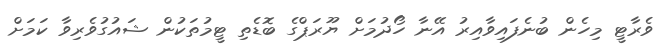
ވެރާޓީ މިހެން ބުނެފައިވާއިރު އޭނާ ހޯދުމަށް ޔޫރަޕްގެ ބޮޑެތި ޓީމުތަކުން ޝައުގުވެރިވާ ކަމަށް